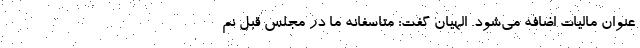
عنوان مالیات اضافه می‌شود. الهیان گفت: متاسفانه ما در مجلس قبل نم